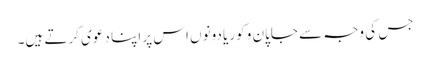
جس کی وجہ سے جاپان و کوریا دونوں اس پر اپنا دعوی کرتے ہیں۔